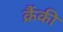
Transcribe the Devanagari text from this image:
क्रैंकी